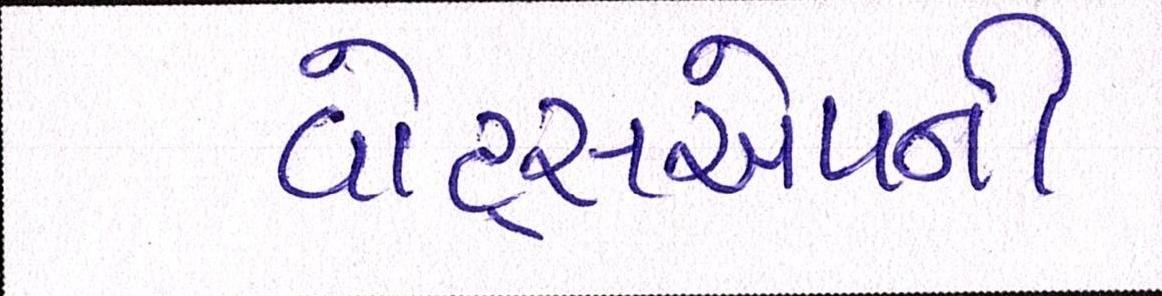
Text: વોટ્સએપની